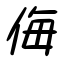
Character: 侮